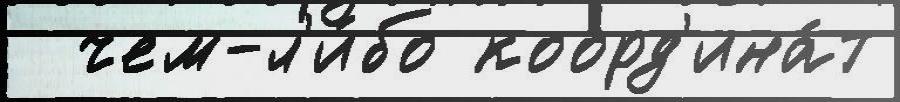
  чем-л'и́бо коорд'ина́т